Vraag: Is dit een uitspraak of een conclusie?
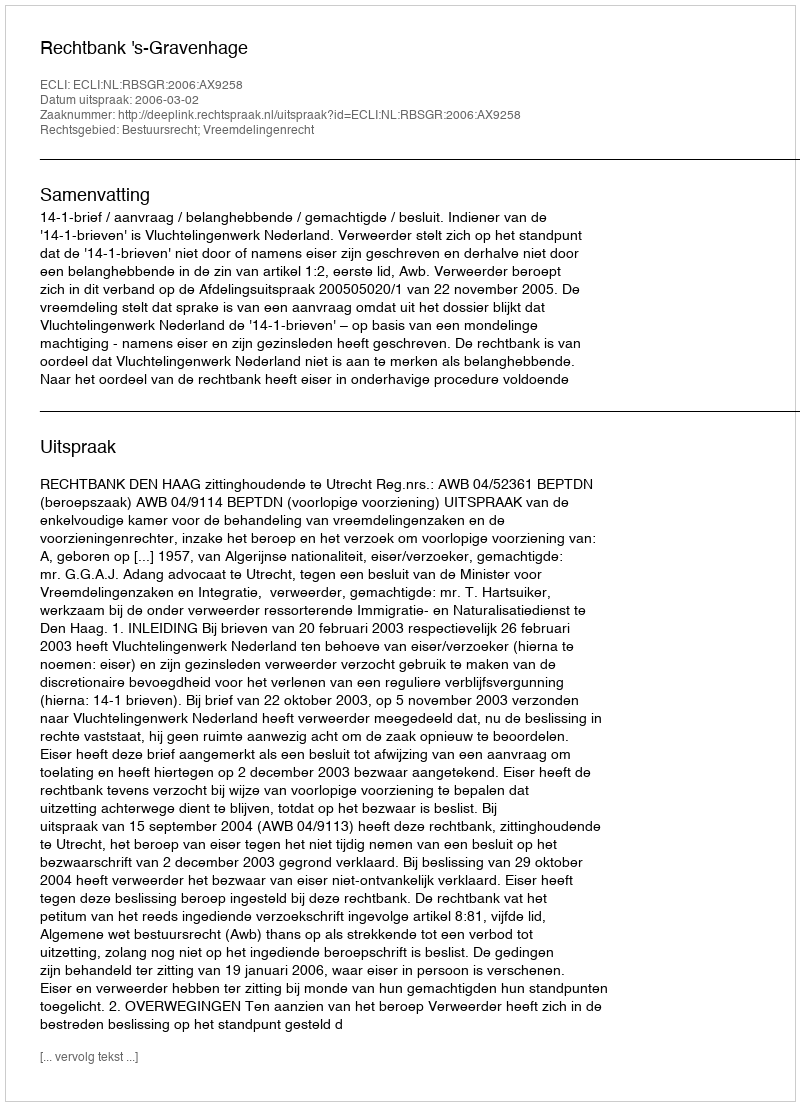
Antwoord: Uitspraak